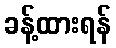
ခန့်ထားရန်